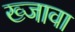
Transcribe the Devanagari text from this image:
ख्जावा